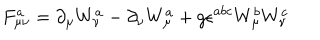
LaTeX: F _ { \mu \nu } ^ { a } = \partial _ { \mu } W _ { \nu } ^ { a } - \partial _ { \nu } W _ { \mu } ^ { a } + g \epsilon ^ { a b c } W _ { \mu } ^ { b } W _ { \nu } ^ { c }